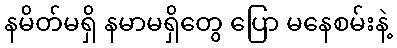
နမိတ်မရှိ နမာမရှိတွေ ပြော မနေစမ်းနဲ့